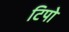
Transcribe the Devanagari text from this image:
टिपो